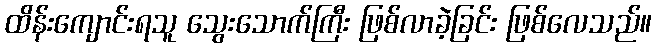
ထိန်းကျောင်းရသူ သွေးသောက်ကြီး ဖြစ်လာခဲ့ခြင်း ဖြစ်လေသည်။